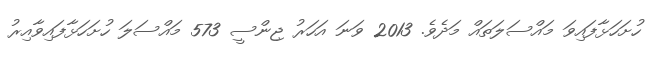
ހުށަހަޅާފައިވަ މައްސަލަތައް މަދެވެ. 2013 ވަނަ އަހަރު ޖިންސީ 573 މައްސަލަ ހުށަހަޅާފައިވާއިރު